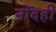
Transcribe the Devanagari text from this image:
नोंदही